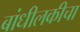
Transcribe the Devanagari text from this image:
बांधीलकीचा